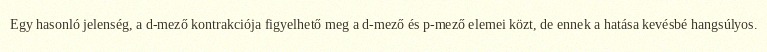
Egy hasonló jelenség, a d-mező kontrakciója figyelhető meg a d-mező és p-mező elemei közt, de ennek a hatása kevésbé hangsúlyos.